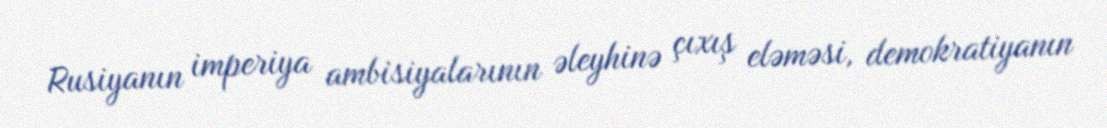
Rusiyanın imperiya ambisiyalarının əleyhinə çıxış eləməsi, demokratiyanın